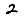
Digit: 2